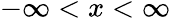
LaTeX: -\infty<x<\infty